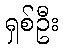
ရှစ်ဦး